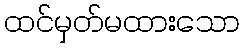
ထင်မှတ်မထားသော